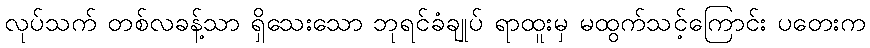
လုပ်သက် တစ်လခန့်သာ ရှိသေးသော ဘုရင်ခံချုပ် ရာထူးမှ မထွက်သင့်ကြောင်း ပတေးက